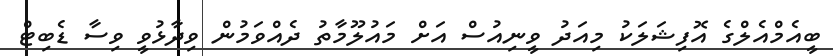
ބީއެމްއެލްގެ އޮފިޝަލަކު މިއަދު ވީނިއުސް އަށް މައުލޫމާތު ދެއްވަމުން ވިދާޅުވީ ވިސާ ޑެބިޓް